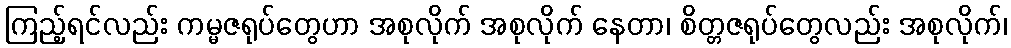
ကြည့်ရင်လည်း ကမ္မဇရုပ်တွေဟာ အစုလိုက် အစုလိုက် နေတာ၊ စိတ္တဇရုပ်တွေလည်း အစုလိုက်၊